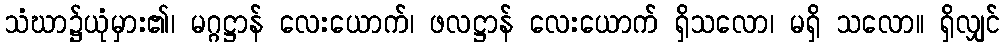
သံဃာ၌ယုံမှား၏၊ မဂ္ဂဋ္ဌာန် လေးယောက်၊ ဖလဋ္ဌာန် လေးယောက် ရှိသလော၊ မရှိ သလော။ ရှိလျှင်